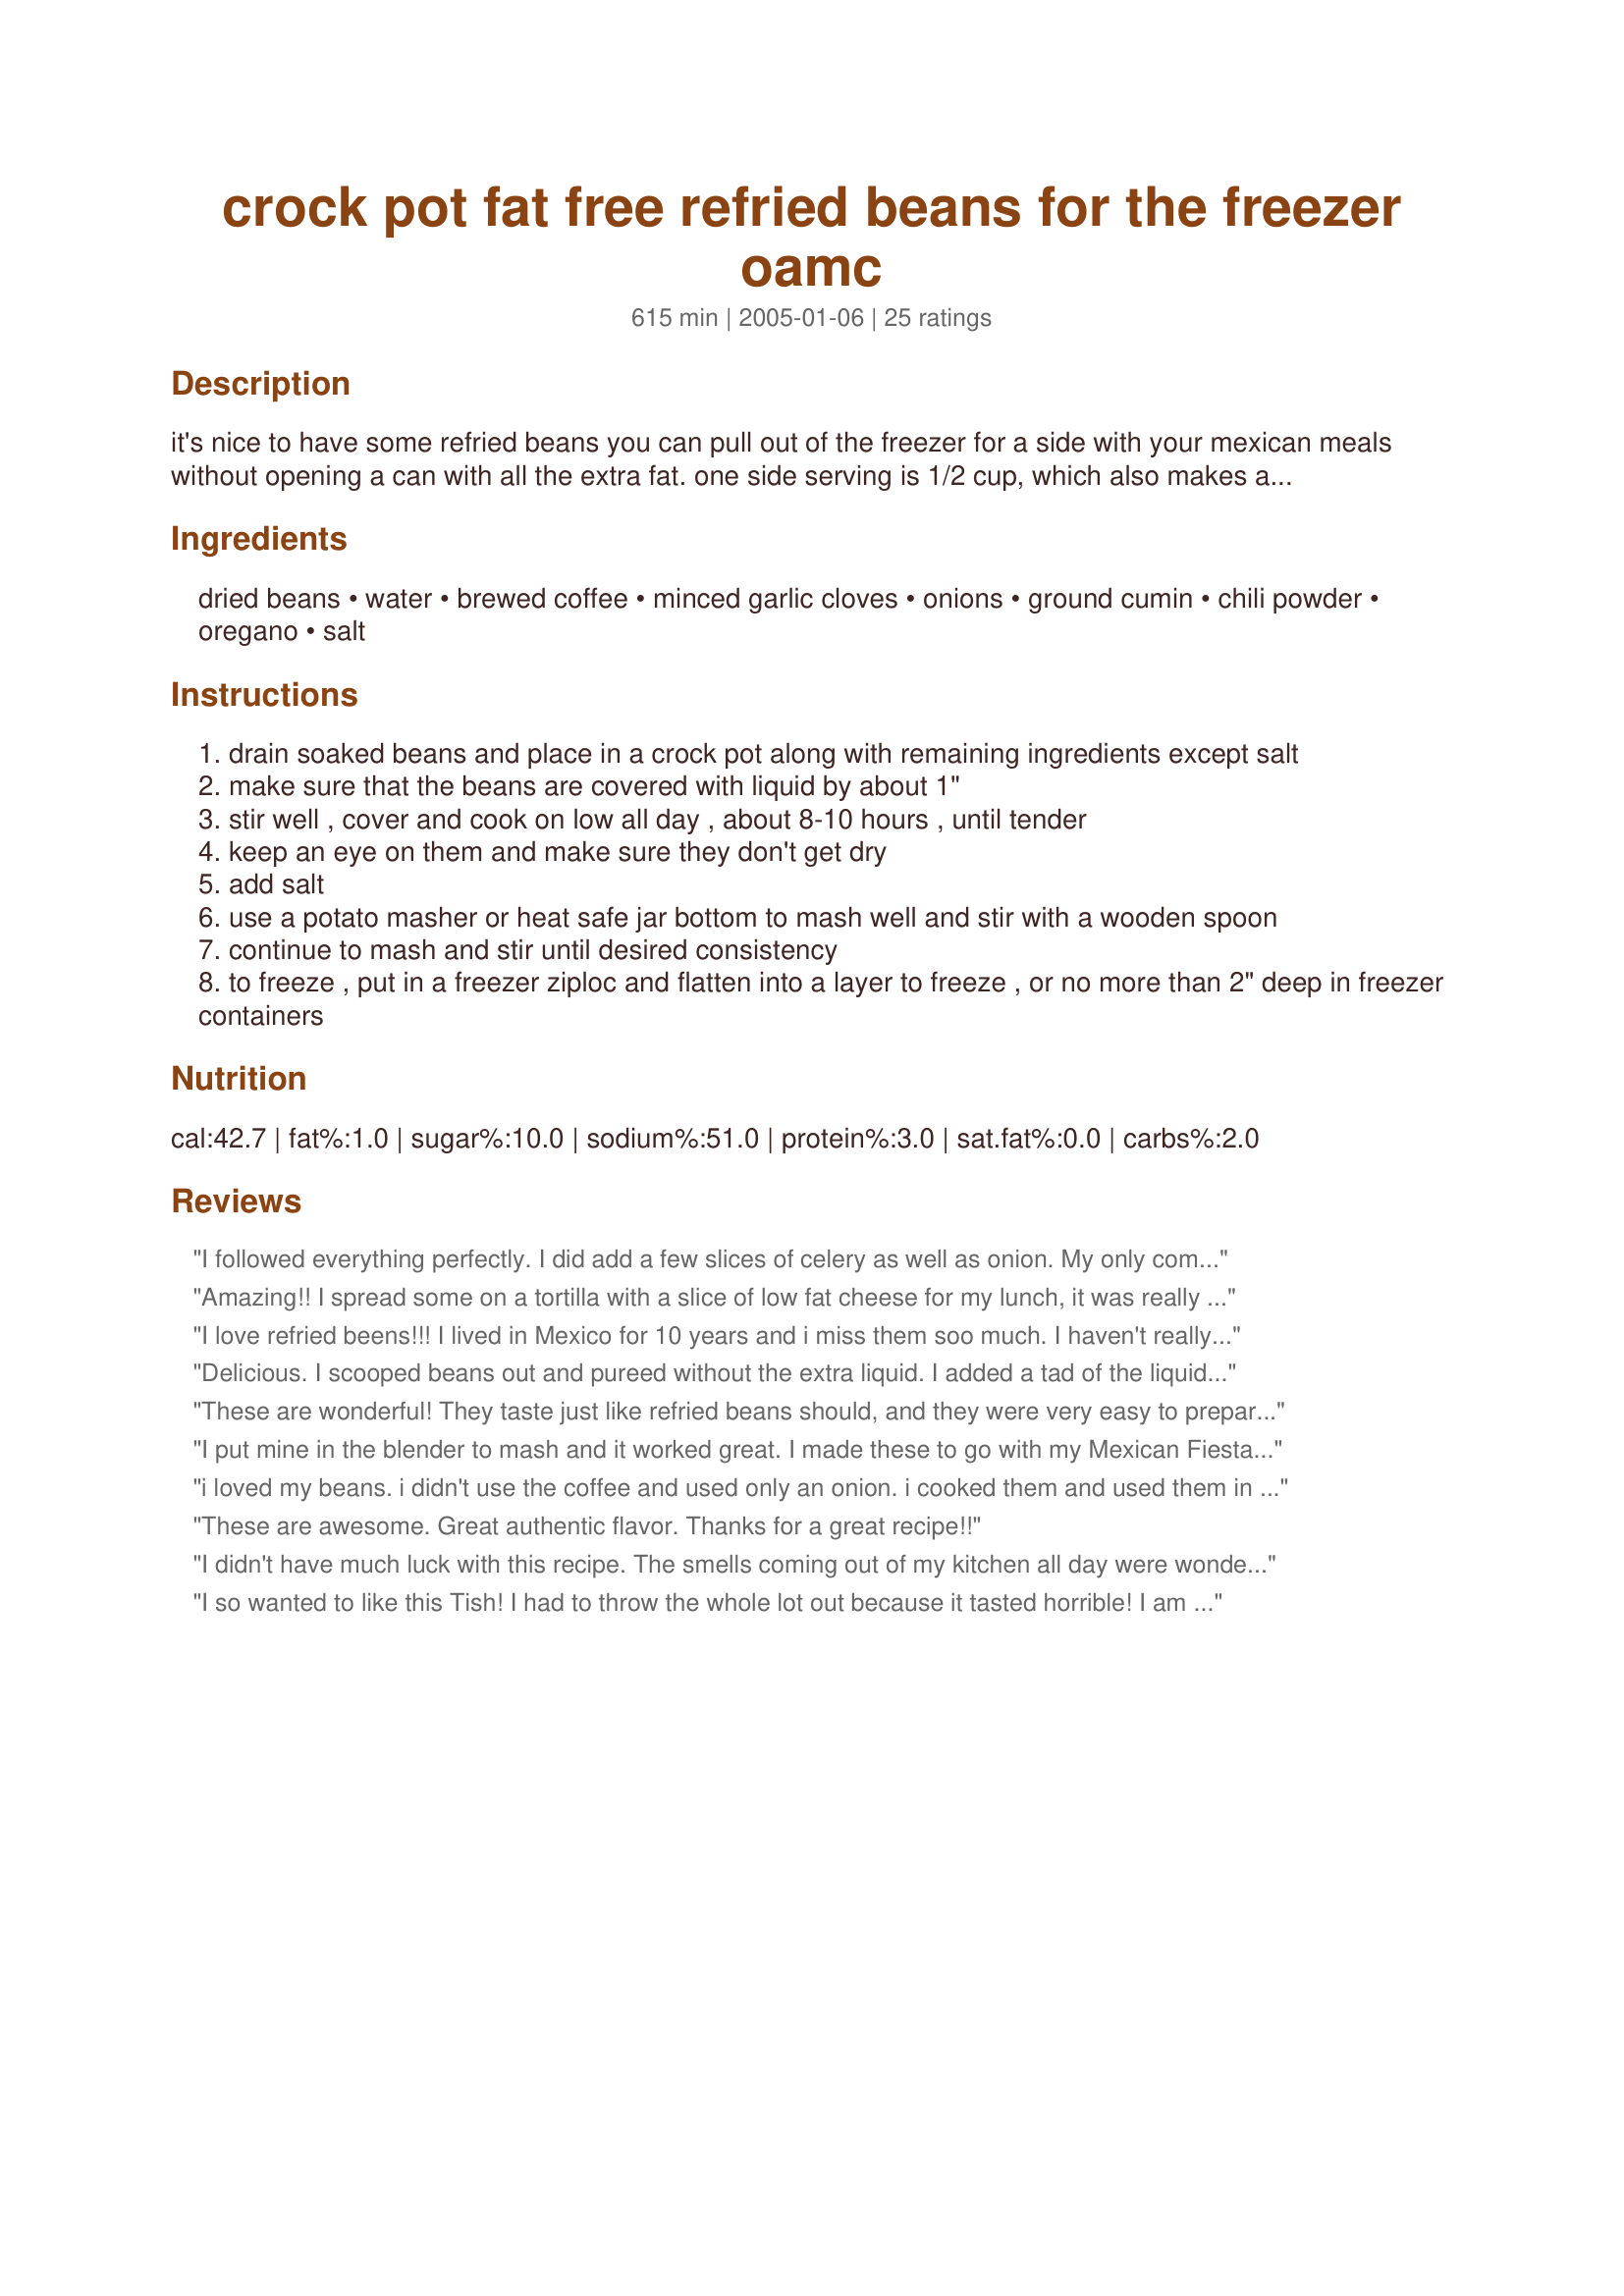
crock pot fat free refried beans for the freezer oamc
Preparation time: 615 minutes

it's nice to have some refried beans you can pull out of the freezer for a side with your mexican meals without opening a can with all the extra fat. one side serving is 1/2 cup, which also makes about 4 tacos or burritos these are a great side dish, may also be used for burritos, and can be served as a main dish with plenty of shredded cheddar and salsa on top. take the time and make these ahead. you won't be sorry!

Ingredients:
dried beans, water, brewed coffee, minced garlic cloves, onions, ground cumin, chili powder, oregano, salt

Steps:
drain soaked beans and place in a crock pot along with remaining ingredients except salt
make sure that the beans are covered with liquid by about 1"
stir well , cover and cook on low all day , about 8-10 hours , until tender
keep an eye on them and make sure they don't get dry
add salt
use a potato masher or heat safe jar bottom to mash well and stir with a wooden spoon
continue to mash and stir until desired consistency
to freeze , put in a freezer ziploc and flatten into a layer to freeze , or no more than 2" deep in freezer containers

Reviews:
I followed everything perfectly. I did add a few slices of celery as well as onion. My only complaint was it was way too runny. Next time I will drain a lot of the fluid before I start mashing. The coffee seemed weird but the flavor was great, just not the consistency I was going for.
Amazing!! I spread some on a tortilla with a slice of low fat cheese for my lunch, it was really great!!
I love refried beens!!! I lived in Mexico for 10 years and i miss them soo much. I haven't really tried this recipe but i will try it soon.
Delicious. I scooped beans out and pureed without the extra liquid. I added a tad of the liquid over the beans before freezing. I also wilted the onion and garlic the night before (personal preference.)
These are wonderful! They taste just like refried beans should, and they were very easy to prepare. I used 1 diced onion AND one diced celery stalk.
I put mine in the blender to mash and it worked great. I made these to go with my Mexican Fiesta along with Chicken Burritos, Jack-In-The-Box Tacos, and Mexican Rice. Great addition to our meal! I will be making again soon. Thank you Tish
i loved my beans. i didn't use the coffee and used only an onion. i cooked them and used them in bean and cheese burritos that i put in my freezer. they are great for lunch. i pureed them with a little bit of the liquid until i got the consistency that i wanted.
These are awesome. Great authentic flavor. Thanks for a great recipe!!
I didn't have much luck with this recipe. The smells coming out of my kitchen all day were wonderful, but there was just way too much liquid in the end. I had to scoop out cupfuls of juice to have any luck at mashing the remaining beans.
I so wanted to like this Tish! I had to throw the whole lot out because it tasted horrible! I am sure it was something I did wrong though. Onions sometimes have a bit of an odd taste if I put them in the slow cooker uncooked so it might have been that. Sorry but it didn't work for me.
I did this recently and it worked out wonderfully. I keep my beans whole incase I need them for chili or baked beans, instead of refried beans. I use my food processor to mash them up for refried beans. Delicious, easy and cheap.
I will be making my second batch of these this week. I made them with no changes and they were delicious! They froze great! Thanks for sharing. I will never buy canned beans again. Who knew they were so easy? Thanks for sharing!
Great tasting bean recipe. Followed recipe to the letter and ended up with way too much liquid, maybe a error on my part or my beans, but after blending with my imersion blender I had refried bean soup! Added a can of kidney beans, mashed, and cooked on high uncovered in slow cooker for another 3 hours and they were perfect. Flavor was great and have 4 small containers in the freezer of good, fat free beans after dinner last night. Will make again, next time I will remove the liquid before blending and add as needed to avoid bean soup. Thanks for posting.
Yum! Used an onion. Drained cooked beans before running through with the hand blender. Added salt and about 1/2 cup of recipe #9272. Absolutely cannot believe I forgot to double the recipe. I would highly suggest doing so if making for the freezer. Tonight I used these for simple bean burritos which I threw in ziploc bags for the freezer. My notes: use regular-sized flour tortillas, beans, cheddar cheese, spray with oil and bake at 350 for 15 minutes. Makes 28. Thanks, Tish!
I was intrigued by the coffee in the ingredient list so had to try the recipe. I thought they turned out well. I used the one cup of celery option & also added 2T onion flakes. The beans were tender, mashed easily, & I have packets in the freezer. A good day using the crockpot. =)
Super recipe! I cook lots of beans and I'm always looking for something new and a little different.I've never cooked beans with cilantro before and I'm not sure why. Its a marriage made in heaven. These smelled amazing while cooking. My DH had worked all night and I started these in the morning when he got home. He went to bed and woke up a few hours later asking me how I can expect him to sleep when the smell of delicious things cooking kept waking him up. It'll be so nice to have these ready in the freezer to use whenever needed. So much better than canned. Thanks for posting.
No one in our family was overly impressed with these. They were way too watery and the flavor was off. I made these with cilantro, wishing I would have used the onions. I may try to doctor them up. Can&#039;t say we&#039;d make these again, sorry!
Loved these beans! I used 1 lb. black beans and 1 green onion. I also added a little more water to make 1 inch over beans, which was good because my crock was on warm 3 hours longer than I expected. Still turned out great. Not too watery and mashed quickly with my hand blender. We got 4 ziplocs for the freezer plus 1 for dinner that night. I can't wait to experiment with other beans and flavors. <br/>Also, I used the recipe builder for Weight Watchers, and it's 10 points plus for 1/4 the entire crock. Then divide by your number of servings.No HFCS like canned beans, low points, and SO easy! Thanks, Tish!
These beans are phenomenal! I used a hot salsa so they had a great kick to them. I was worried about adding the coffee, but did it anyway and was not disappointed. I wouldn't change a thing. I used one yellow onion and a small celery stalk. Thanks Tish for a fabulous, fool proof way to make refried beans in the crock!
I followed the recipe to a tee and ended up with way too much liquid! I scooped the beans out of the crock pot with a spoon and mashed them that way. They are a little bland - probably because all the liquid was not absorbed. However, I think if I add some cheese, etc. the beans will be good. I am going to try this recipe again using less water.
I had great trouble getting my beans to soften - no idea why (and no, I had not added the salt too early...)After 20 hours in the crockpot, I put them in a pan and boiled them on the stove! They were worth the effort, although next time I may boil the beans for 15 mins before adding them to the crockpot. Delicious in burritos as a veggie lunch, with soured cream, cheese, guacamole, salsa - the works!!Thanks.
Don't really know what happened here but my beans had absolutely no taste. I don't know what I could have did wrong. I had to do a lot of doctoring to this recipe. I may have messed up after all of the "or this or that" ingredients. I read most of the reviews too. Not a keeper here.
Oops Tish I thought I already rated this. I love this recipe. I was surprised to see coffee listed, but it gives good flavor. I did put in more garlic and cumin because I love the flavor. I also added salsa to the mix- i usually add this to my refried beans. It froze well and my family loved it. It will be a regular. Thx for another great recipe Tish keep them coming.
I'm going to try this again and rate it later ... but my first attempt was unsuccessful. My crockpot instructions warn against slow cooking beans without boiling them first (due to contaminants), so I boiled them first (in their soaking water) on the stove. The beans did soften, but they did NOT absorb anywhere near all the liquid. I should've just completely drained them, but instead I scooped about 3 cups of liquid out and attempted to mash them. It made a big squishy mess! I also think they are a bit bland ... but again, probably because they did not absorb enough of the "broth". Next time, I will put ALL the ingredients on the stove, bring them to a boil, and tip them into the crockpot.
This was my first attempt at making refried beans and this recipe walked me through it with ease. I am the only one who likes refried beans and by making it myself, I can package it in single servings just for me. This recipe is so much cheaper than storebought and I can control the spiciness too. Thanks for sharing this recipe, it is a great addition to the OAMC collection :)
